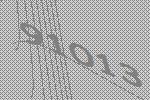
91013